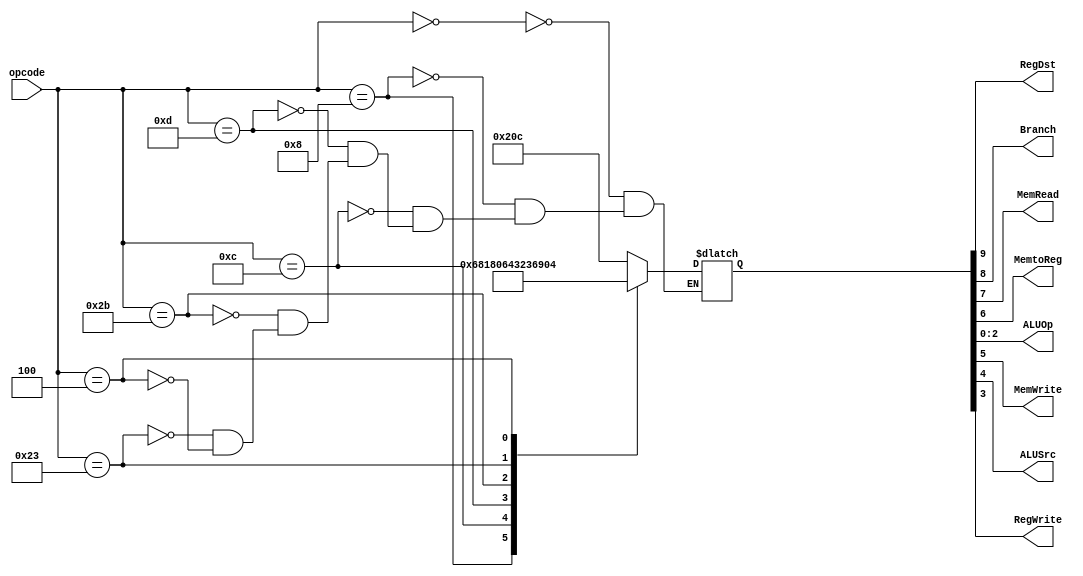
module Control(
    opcode,
    RegDst,
    Branch,
    MemRead,
    MemtoReg,
    ALUOp,
    MemWrite,
    ALUSrc,
    RegWrite
);
   
   input [5:0]  opcode;
   output 	RegDst, Branch, MemRead, MemtoReg, MemWrite, ALUSrc, RegWrite;
   output [2:0] ALUOp;
   reg [9:0] 	out;
   
   assign RegDst = out[9];
   assign Branch = out[8];
   assign MemRead = out[7];
   assign MemtoReg = out[6];
   assign MemWrite = out[5];
   assign ALUSrc = out[4];
   assign RegWrite = out[3];
   assign ALUOp = out[2:0];
   
   always @(opcode)
     case(opcode)
       6'b000000: //R-type
	 out = 10'b1000001100;
       6'b001000: //addi
	 out = 10'b0000011010;
       6'b001100: //andi
	 out = 10'b0000011000;
       6'b001101: //ori
	 out = 10'b0000011001;
       6'b101011: //sw
	 out = 10'b0000110010;
       6'b100011: //lw
	 out = 10'b0011011010;
       6'b000100: //beq
	 out = 10'b0100000011;
     endcase // case (opcode)
   
endmodule